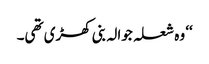
‘‘ وہ شعلہ جوالہ بنی کھڑی تھی۔